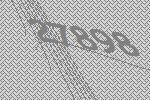
27898